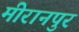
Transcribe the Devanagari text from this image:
मीरानपुर